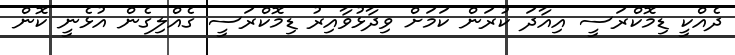
ދެއްކީ ޑިމޮކްރަސީ އިއާދަ ކުރަން ކަމަށް ވިދާޅުވާއިރު ޑިމޮކްރަސީ ގެއްލިގެން އުޅެނީ ކޮން